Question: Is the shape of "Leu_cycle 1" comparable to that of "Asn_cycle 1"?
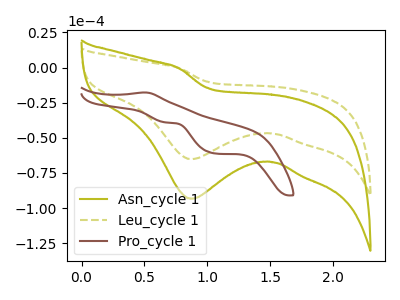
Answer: <think>The olive curve "Asn_cycle 1" has a cathodic peak at: (0.85V, -93.40uA). The olive dashed curve "Leu_cycle 1" has a cathodic peak at: (0.85V, -65.20uA). The brown curve "Pro_cycle 1" has an anodic peak at (0.50V, -17.75uA) and cathodic peaks at (0.65V, -39.05uA) (1.05V, -61.20uA).
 All the peaks in "Leu_cycle 1" have a peak in "Asn_cycle 1" at the same potential. Every peak in "Leu_cycle 1" is lower than every peak in "Asn_cycle 1".</think>
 <answer>"Leu_cycle 1" and "Asn_cycle 1" are similar in shape.</answer>
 <eval>same_shape</eval>